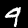
Digit: 9